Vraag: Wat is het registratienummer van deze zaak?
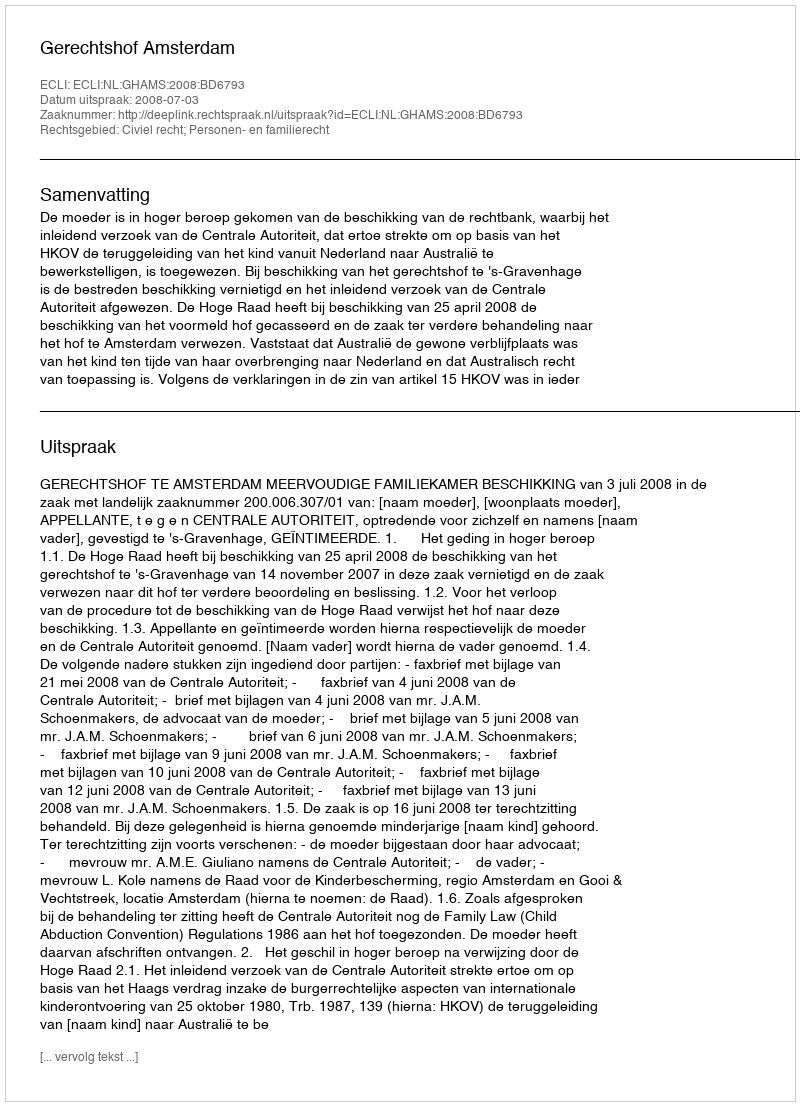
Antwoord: http://deeplink.rechtspraak.nl/uitspraak?id=ECLI:NL:GHAMS:2008:BD6793